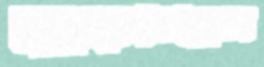
মুড়চ্ছিস